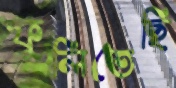
ফুলিতেছি